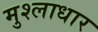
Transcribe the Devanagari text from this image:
मुश्लाधार